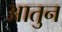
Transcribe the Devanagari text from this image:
आतुन